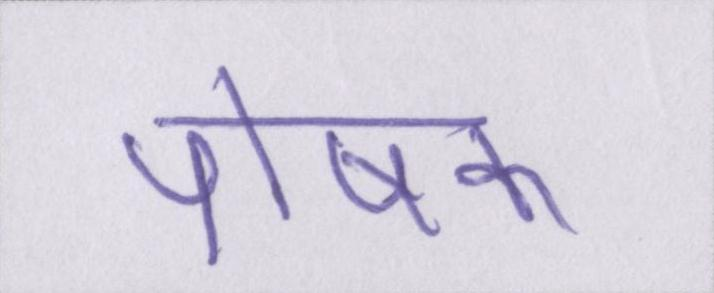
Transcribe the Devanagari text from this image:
पोषक